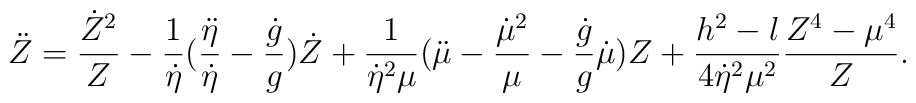
\ddot Z={\dot Z^2\over Z}-{1\over \dot \eta}\bigl({\ddot \eta\over \dot \eta}-{\dot g\over g}\bigr)\dot Z+{1\over \dot \eta^2\mu }\bigl(\ddot \mu-{\dot \mu ^2\over \mu }-{\dot g\over g}\dot \mu \bigr)Z+{h^2-l\over 4\dot\eta^2\mu ^2}{Z^4-\mu ^4\over Z}.